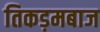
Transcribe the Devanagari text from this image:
तिकड़मबाज